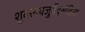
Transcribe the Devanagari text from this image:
शुक्लयजुर्वेदसंहिता